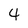
Character: 4